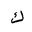
Letter: _kaf